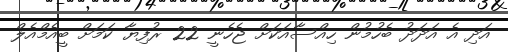
އަދި އެ އަދަދު ބެހުމުން ހިއްސާއަކަށް ޖެހެނީ 22 ރުފިޔާ ކަމަށް ބީއެމްއެލް